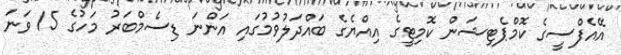
އޭއެފްސީގެ ކޮމްޕެޓިޝަން ކޮމިޓީގެ އިއްޔެގެ ބައްދަލުވުމުގައި އަންނަ ޑިސެމްބަރު މަހުގެ 15 ވަނަ